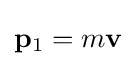
\mathbf {p} _{\mathrm {1} }=m\mathbf {v}